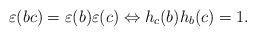
LaTeX: \begin{align*} \varepsilon (bc)=\varepsilon(b)\varepsilon(c)\Leftrightarrow h_{c}(b)h_{b}(c)=1.\end{align*}